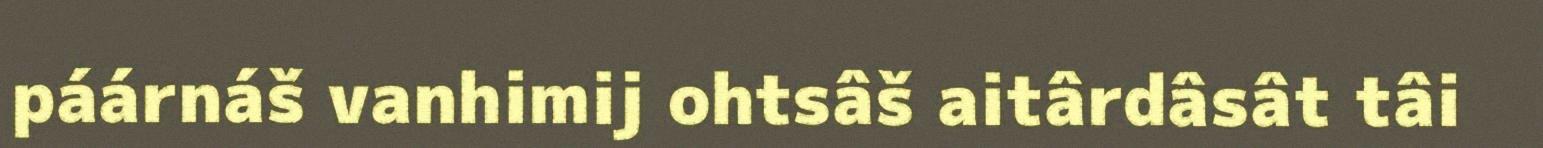
páárnáš vanhimij ohtsâš aitârdâsât tâi